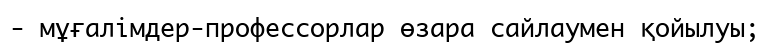
- мұғалімдер-профессорлар өзара сайлаумен қойылуы;